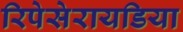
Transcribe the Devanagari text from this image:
रिपेसेरायडिया